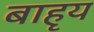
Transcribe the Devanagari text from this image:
बाहृय